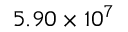
5 . 9 0 \times 1 0 ^ { 7 }